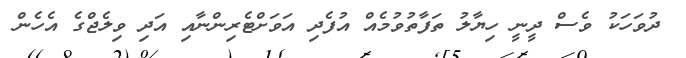
ދުވަހަކު ވެސް ދީނީ ހިޔާލު ތަފާތުވުމެއް އުފެދި އަވަށްޓެރިންނާއި އަދި ވިލެޖްގެ އެހެން